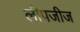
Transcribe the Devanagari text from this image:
लीपजीज